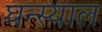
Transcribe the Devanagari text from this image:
घन्स्याल